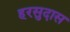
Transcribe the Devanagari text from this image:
हरसुदास